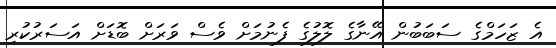
އެ ޒަހަމްގެ ސަބަބުން އޭނާގެ ލޮލުގެ ފެނުމަށް ވެސް ވަރަށް ބޮޑަށް އަސަރުކުރި